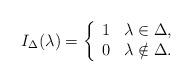
LaTeX: \begin{align*}I_\Delta(\lambda) = \left\{\begin{array}{rl}1 & \lambda \in \Delta, \\0 & \lambda \notin \Delta.\end{array} \right.\end{align*}